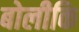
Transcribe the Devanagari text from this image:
बोलीकि